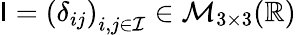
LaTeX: {\sf I}=\left(\delta_{ij}\right)_{i,j\in\mathcal{I}}\in\mathcal{M}_{3\times 3}(\mathbb{R})